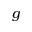
g